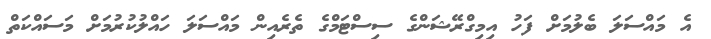
އެ މައްސަލަ ބެލުމަށް ފަހު އިމިގްރޭޝަންގެ ސިސްޓަމްގެ ތެރެއިން މައްސަލަ ހައްލުކުރުމަށް މަސައްކަތް